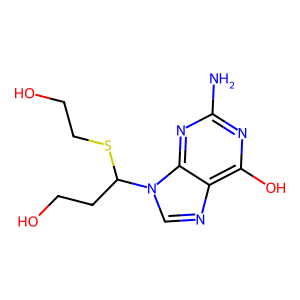
SMILES: Nc1nc(O)c2ncn(C(CCO)SCCO)c2n1
Inhibits HIV replication: No